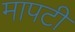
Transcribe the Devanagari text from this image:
मापटी